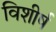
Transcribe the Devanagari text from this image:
विशीर्ष